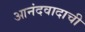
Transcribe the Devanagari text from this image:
आनंदवादाची